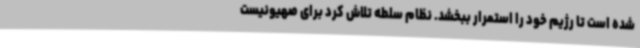
شده است تا رژیم خود را استمرار ببخشد. نظام سلطه تلاش کرد برای صهیونیست